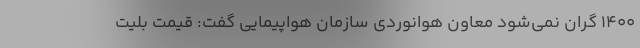
۱۴۰۰ گران نمی‌شود معاون هوانوردی سازمان هواپیمایی گفت: قیمت بلیت